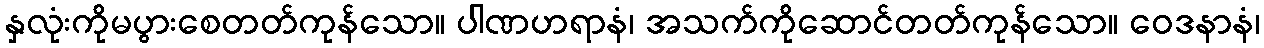
နှလုံးကိုမပွားစေတတ်ကုန်သော။ ပါဏဟရာနံ၊ အသက်ကိုဆောင်တတ်ကုန်သော။ ဝေဒနာနံ၊